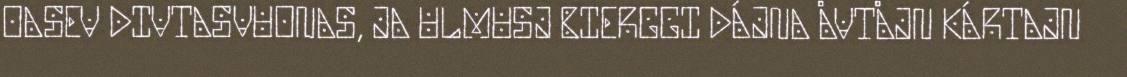
OASEV DIVTASVUONAS, JA ULMUSJ BIERGGI DÁJNA ÅVTÅJN KÁRTAJN